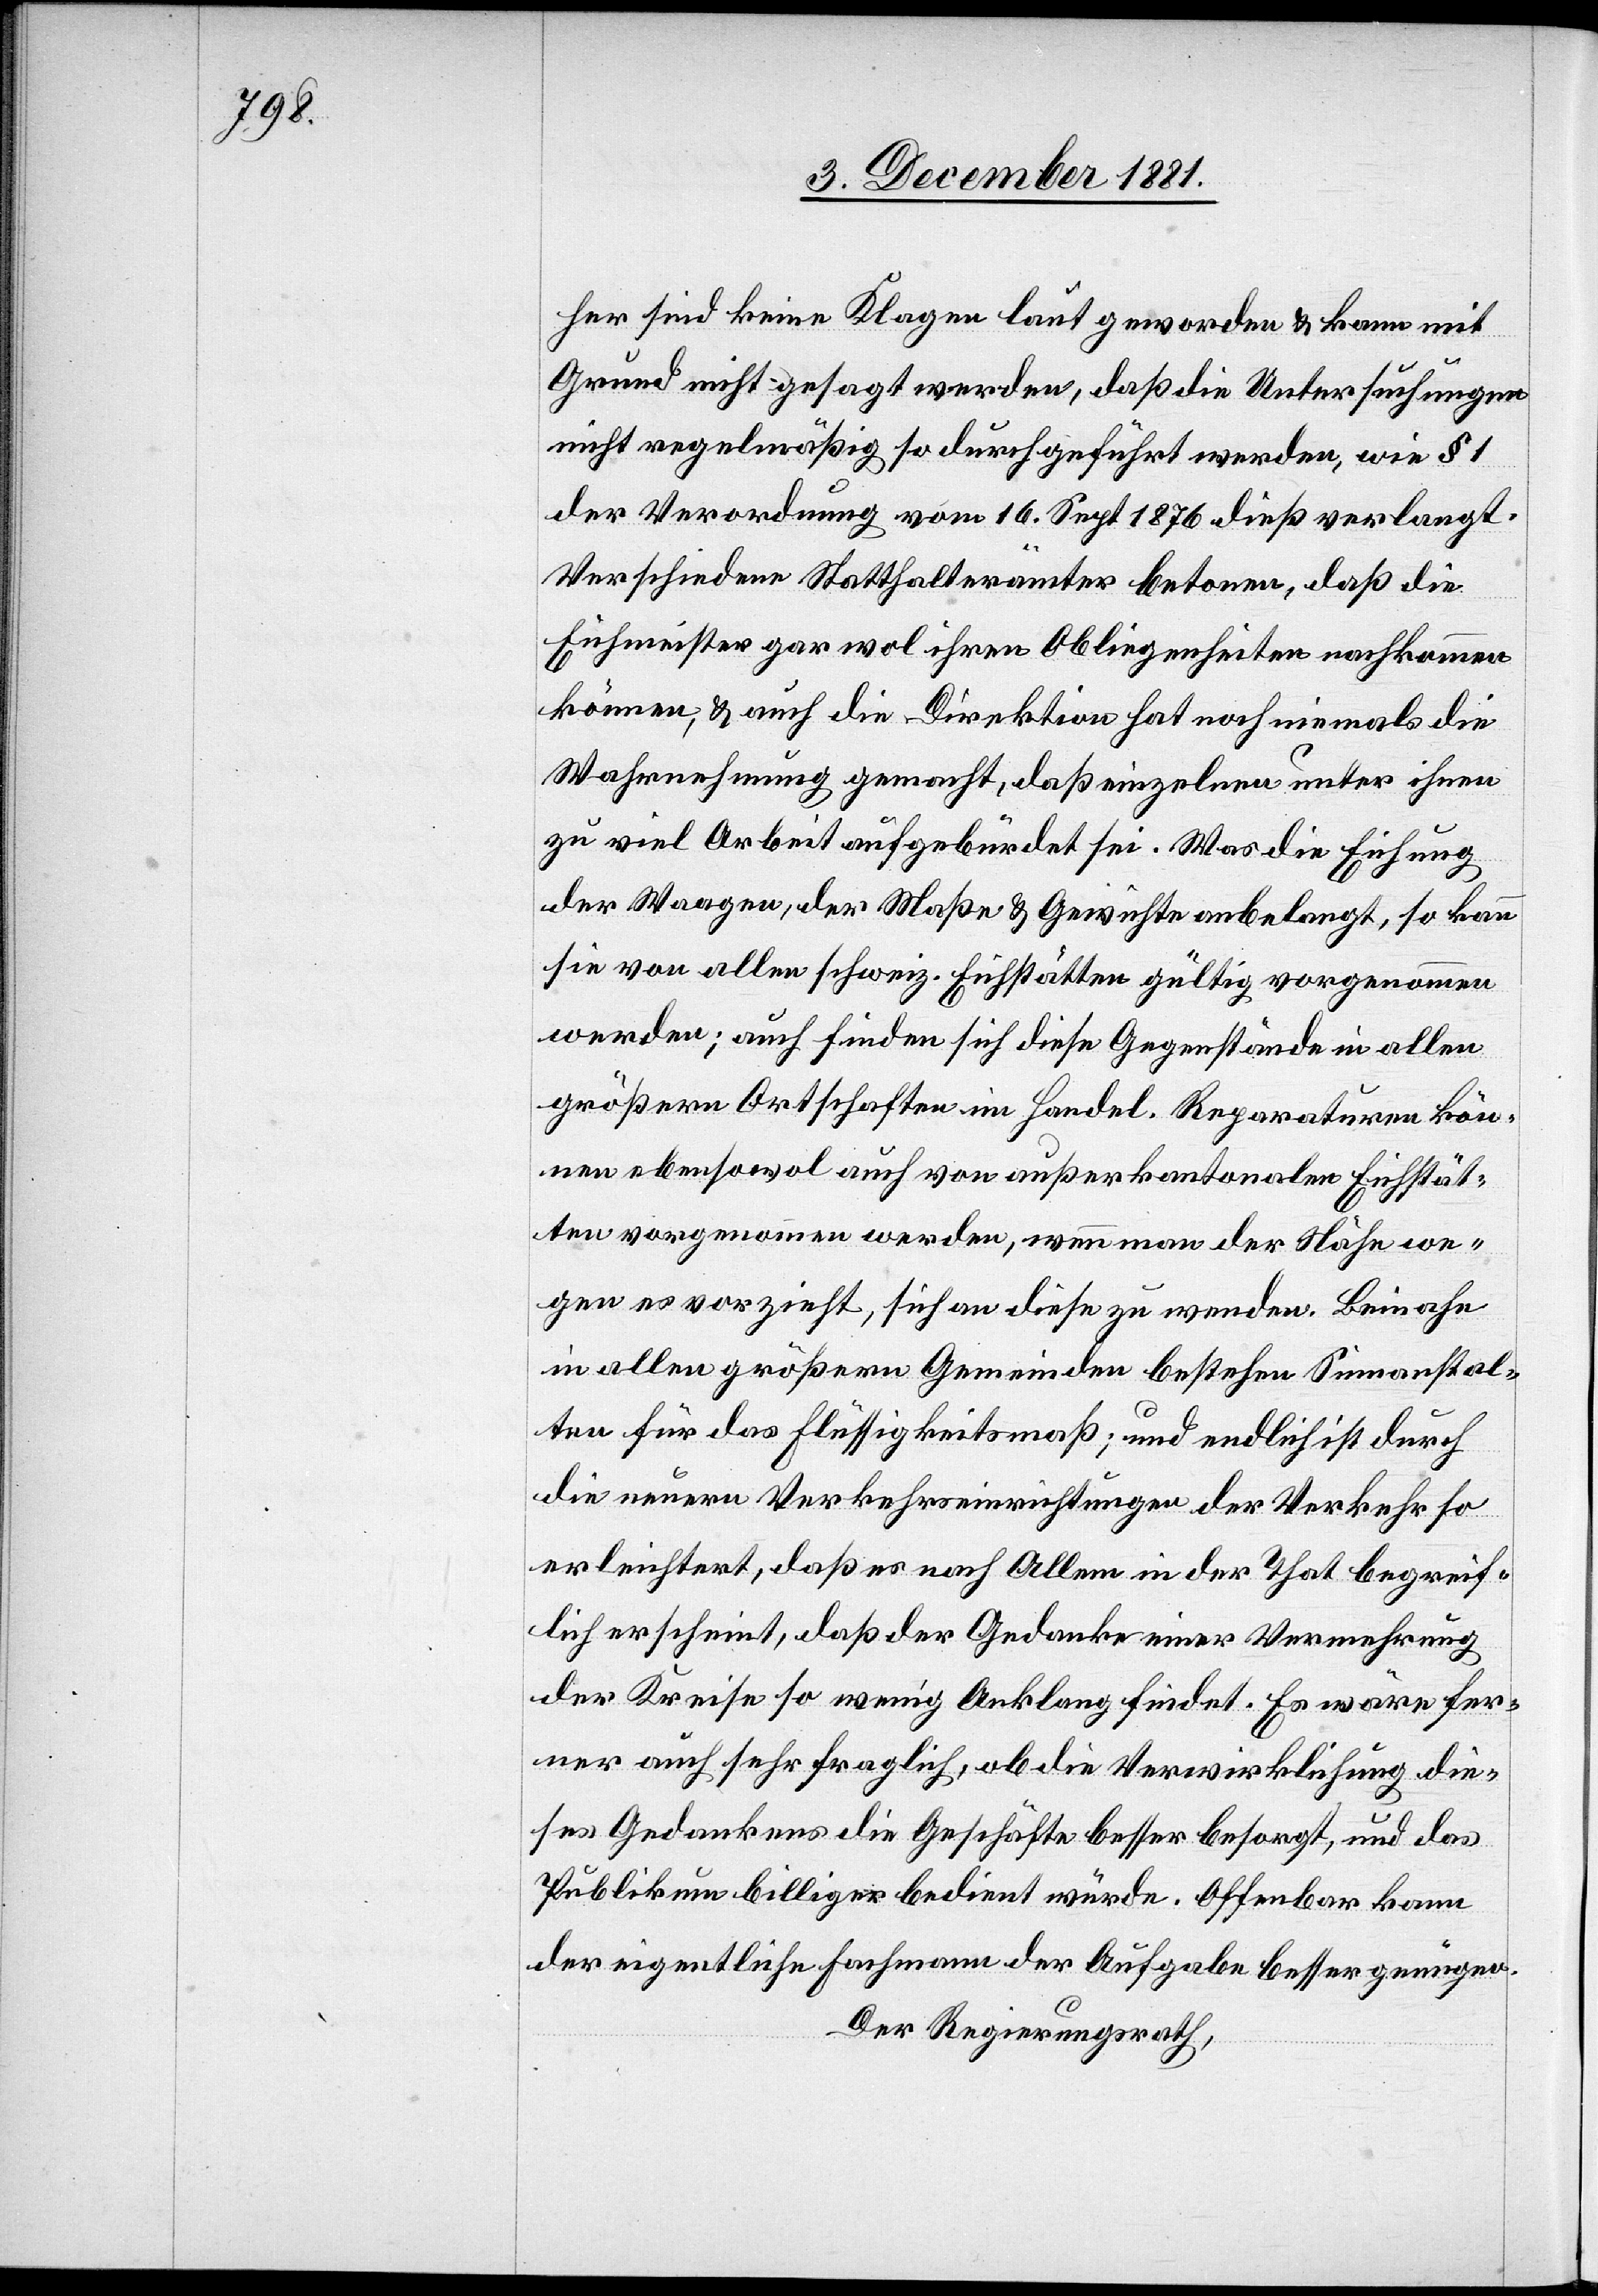
her sind keine Klagen laut geworden & kann mit
Grund nicht gesagt werden, daß die Untersuchungen
nicht regelmäßig so durchgeführt werden, wie § 1
der Verordnung vom 16. Sept. 1876 dieß verlangt.
Verschiedene Statthalterämter betonen, daß die
Eichmeister gar wol ihren Obliegenheiten nachkommen
können, & auch die Direktion hat noch niemals die
Wahrnehmung gemacht, daß einzelne unter ihnen
zu viel Arbeit aufgebürdet sei. Was die Eichung
der Waagen, der Maße & Gewichte anbelangt, so kann
sie von allen schweiz. Eichstätten gültig vorgenommen
werden; auch finden sich diese Gegenstände in allen
größern Ortschaften im Handel. Reparaturen kön¬
nen ebensowol auch von außerkantonalen Eichstät¬
ten vorgenommen werden, wenn man der Höhe we¬
gen es vorzieht, sich an diese zu wenden. Beinahe
in allen größern Gemeinden bestehen Sinnanstal¬
ten für das Flüssigkeitsmaß; und endlich ist durch
die neuern Verkehrseinrichtungen der Verkehr so
erleichtert, daß es nach Allem in der That begreif¬
lich erscheint, daß der Gedanke einer Vermehrung
der Kreise so wenig Anklang findet. Es wäre fer¬
ner auch sehr fraglich, ob die Verwirklichung die¬
ses Gedankens die Geschäfte besser besorgt, und das
Publikum billiger bedient würde. Offenbar kann
der eigentliche Fachmann der Aufgabe besser genügen.
Der Regierungsrath,